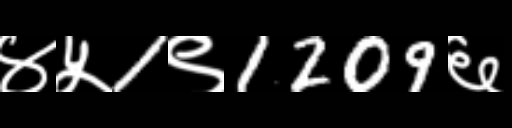
Text: ४५1९1209६